Civil Veterinary Department Bihar reports 1940-50 - 1940-1950
Year: 1940
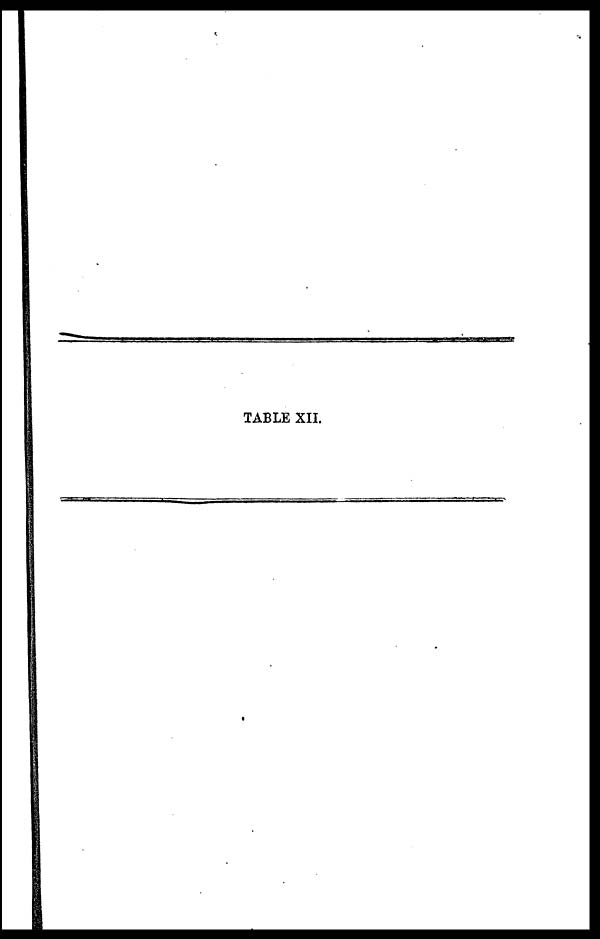
TABLE XII.